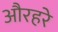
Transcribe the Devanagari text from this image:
औरहरे